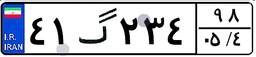
۴۱گ۲۳۴۹۸